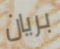
بريان